Scottish assistants in French schools and colleges, 1926
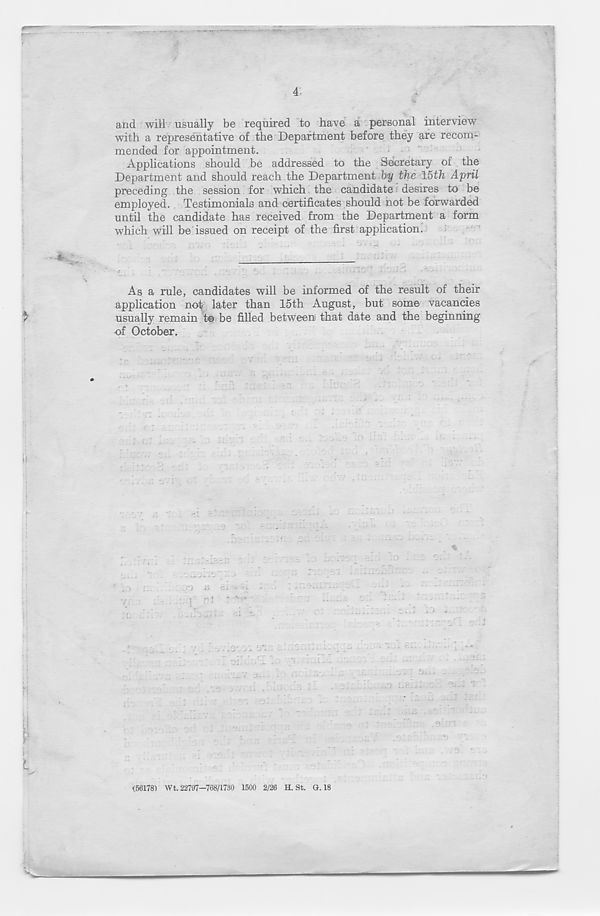
4
and will usually be required to have a personal interview
with a representative of the Department before they are recom-
mended for appointment.
Applications should be addressed to the Secretary of the
Department and should reach the Department by the 15th April
preceding the session for which the candidate desires to be
employed. Testimonials and certificates should not be forwarded
until the candidate has received from the Department a form
which will be issued on receipt of the first application.
-
: . * -
-
' *
v
*-
.
.
T
"' C •-
t
....
- -
-
*• -
^ —
■*
• -> - *
\
As a rule, candidates will be informed of the result of their
application not later than 15th August, but some vacancies
$
usually remain to be filled between) that date and the beginning
of October.
(56178) VVt. 22797—768/1730 1500 2/26 H. St. 0.18
,